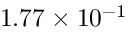
1 . 7 7 \times 1 0 ^ { - 1 }